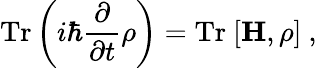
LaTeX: \mathrm{Tr}\left(i\hbar{\frac{\partial}{\partial t}}{\mathbf\rho}\right)=\mathrm{Tr}~[{\mathbf H},{\mathbf\rho}]\ ,